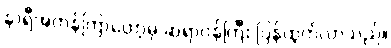
နာရီအတန်ကြာတော့မှ ဆရာဝန်ကြီး ပြန်ထွက်လာသည်။